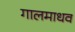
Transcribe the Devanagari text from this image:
गालमाधव